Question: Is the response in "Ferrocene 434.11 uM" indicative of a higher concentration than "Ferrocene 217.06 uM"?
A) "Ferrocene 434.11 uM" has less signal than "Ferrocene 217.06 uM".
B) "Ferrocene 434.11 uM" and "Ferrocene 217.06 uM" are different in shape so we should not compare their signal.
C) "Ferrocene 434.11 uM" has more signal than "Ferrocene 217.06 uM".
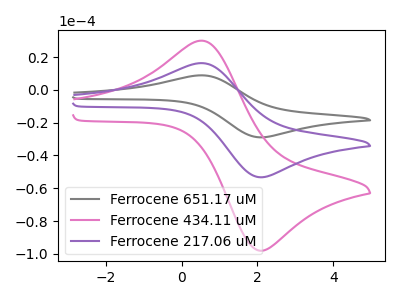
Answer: <think>The gray curve "Ferrocene 651.17 uM" has an anodic peak at (0.55V, 32.60uA) and a cathodic peak at (2.00V, -106.35uA). The pink curve "Ferrocene 434.11 uM" has an anodic peak at (0.55V, 30.00uA) and a cathodic peak at (2.00V, -97.85uA). The purple curve "Ferrocene 217.06 uM" has an anodic peak at (0.55V, 16.30uA) and a cathodic peak at (2.00V, -53.15uA).
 All the peaks in "Ferrocene 434.11 uM" have a peak in "Ferrocene 217.06 uM" at the same potential. Every peak in "Ferrocene 434.11 uM" is higher than every peak in "Ferrocene 217.06 uM".</think>
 <answer>C) "Ferrocene 434.11 uM" has more signal than "Ferrocene 217.06 uM".</answer>
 <eval>C</eval>